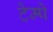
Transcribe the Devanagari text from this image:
टेम्पे